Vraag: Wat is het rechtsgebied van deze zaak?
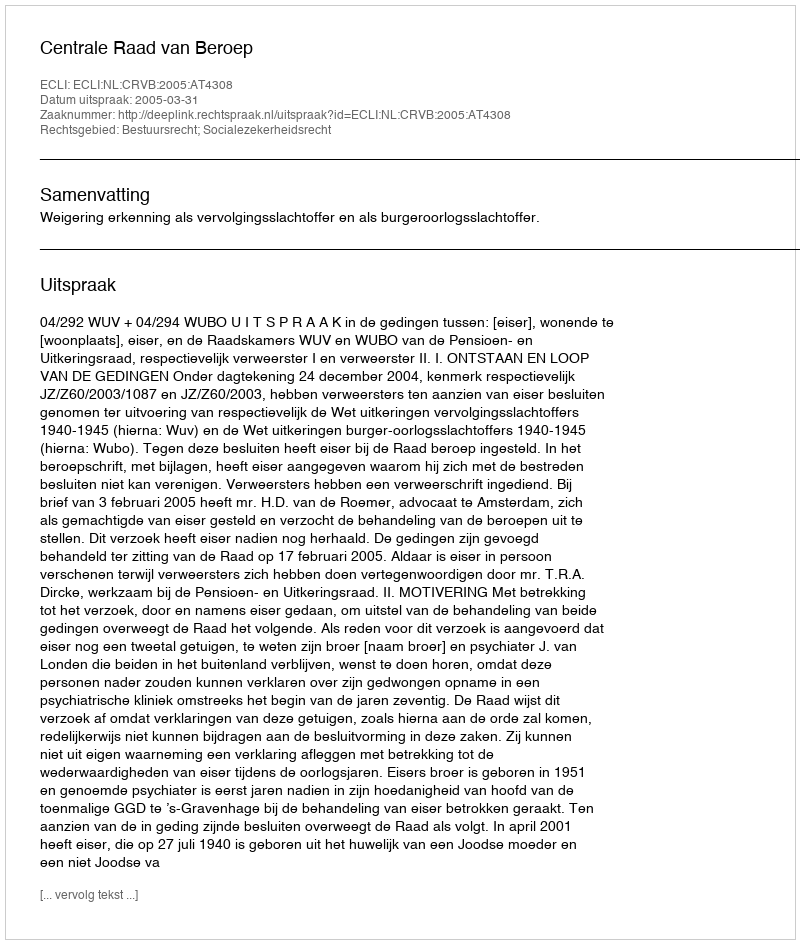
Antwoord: Bestuursrecht; Socialezekerheidsrecht